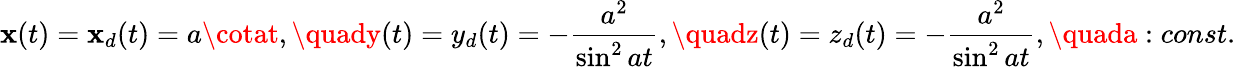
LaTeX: \mathbf{x}(t)=\mathbf{x}_{d}(t)=a\cotat,\quady(t)=y_{d}(t)=-{\frac{{a^{2}}}{{\sin^{2}at}}},\quadz(t)=z_{d}(t)=-{\frac{{a^{2}}}{{\sin^{2}at}}},\quada:const.